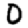
Digit: 0